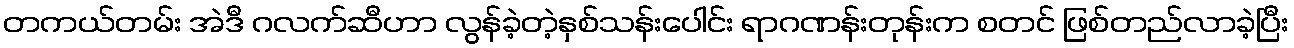
တကယ်တမ်း အဲဒီ ဂလက်ဆီဟာ လွန်ခဲ့တဲ့နှစ်သန်းပေါင်း ရာဂဏန်းတုန်းက စတင် ဖြစ်တည်လာခဲ့ပြီး